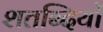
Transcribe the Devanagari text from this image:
शतब्दियों